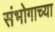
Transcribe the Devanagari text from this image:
संभोगाच्या